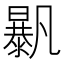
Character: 𣋰